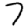
Digit: 7